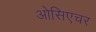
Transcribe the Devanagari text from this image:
ओसिएचर